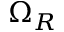
\Omega _ { R }